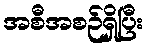
အစီအစဉ်ရှိပြီး